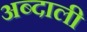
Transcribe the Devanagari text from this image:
अब्‍दाली